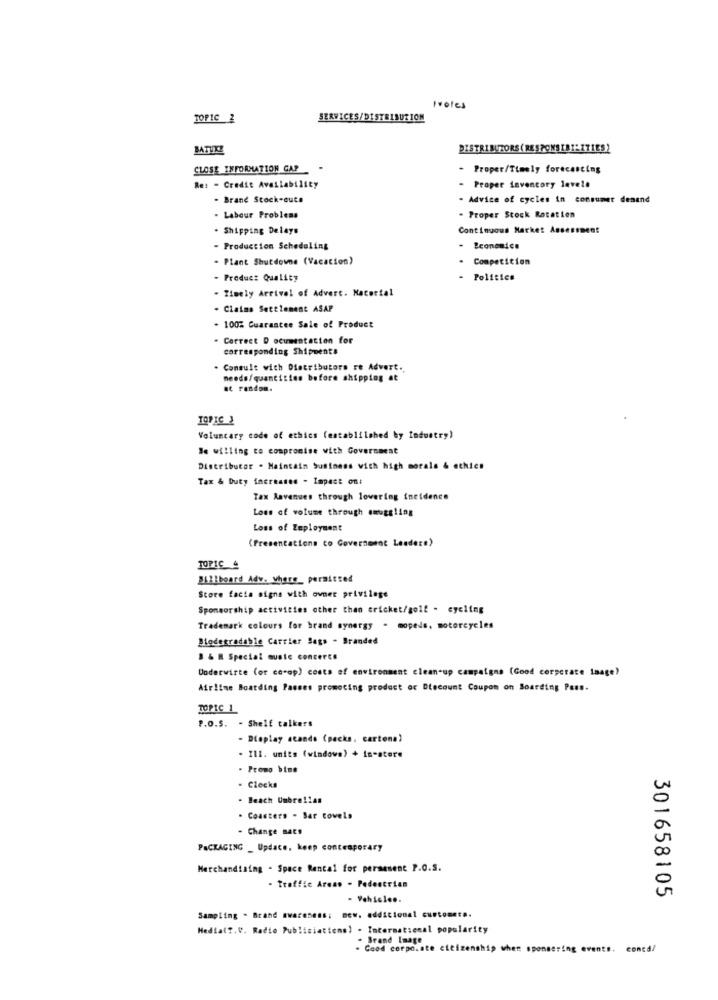
Proles
TOPIC 2
SERVICES/DISTRIBUTION
MATURE
DISTRIBUTORS ( RESPONSIBILITIES2
CLOSE INFORMATION GAP
Proper/Timely forecasting
Re: - Credit Availability
- Proper inventory levele
. Brand Stock-outs
. Advice of cycles in consumer denand
. Labour Problems
. Proper Stock Rotation
. Shipping Delays
Continuous Market Assessment
- Production Scheduling
Economics
- Plant Shutdowne (Vacation)
Competition
- Product Quality
Politics
- Timely Arrival of Advert. Material
. Claims Settlement ASAP
- 100% Guarantee Sale of Product
Correct Documentation for
corresponding Shipments
Consult with Distributors re Advert.
needs/quantities before shipping at
at random.
Voluntary code of ethics (established by Industry)
Be willing to compromise with Government
Distributor . Maintain business with high morals & ethics
Tax & Duty increases - Impact on:
Tax Revenues through lowering incidence
Loss of volume through smuggling
Loss of Employment
(Presentations co Government Leaders)
Billboard Adv. where_ permitted
Store facta signs with owner privilege
Sponsorship activities other than cricket/golf . cycling
Trademark colours for brand synergy - mopeds, motorcycles
Biodegradable Carrier Sags - Branded
B & B Special muste concerts
Doderwirte (or co-op) costs of environment clean-up campaigns (Good corporate laage)
Airline Boarding Passes promoting product or Discount Coupon on Boarding Pass.
TOPIC 1
P.O.S. - Shelf talkers
- Dieplay acando (packs, cartona)
- Ill. units (windows) + in-store
- Promo bine
· Clocks
. Beach Umbrellas
. Coasters - Bar towels
- Change Bats
PACKAGING _ Update, keep contemporary
Merchandising - Space Rental for persesent P.O.S.
- Traffic Areas . Pedestrian
301658105
- Vehicle ..
Sampling - Brand awareness: new. additional customet ..
Media( ?. V. Radio Publiciations) . International popularity
. Brand Image
. Cood corpo.ate citizenship when sponsering events. concal